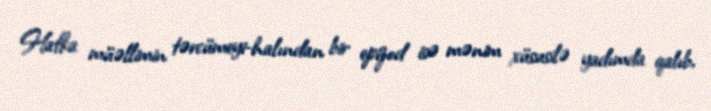
Hafka müəllimin tərcümeyi-halından bir epizod isə mənim xüsusilə yadımda qalıb,